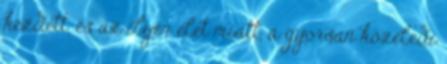
kezdett, és az ilyen élet miatt, a gyorsan közeledı